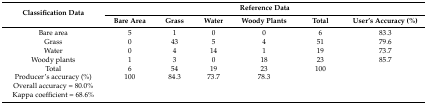
<table><thead><tr><td rowspan="2"><b>Classification Data</b></td><td colspan="6"><b>Reference Data</b></td></tr><tr><td><b>Bare Area</b></td><td><b>Grass</b></td><td><b>Water</b></td><td><b>Woody Plants</b></td><td><b>Total</b></td><td><b>User’s Accuracy (%)</b></td></tr></thead><tbody><tr><td>Bare area</td><td>5</td><td>1</td><td>0</td><td>0</td><td>6</td><td>83.3</td></tr><tr><td>Grass</td><td>0</td><td>43</td><td>5</td><td>4</td><td>51</td><td>79.6</td></tr><tr><td>Water</td><td>0</td><td>4</td><td>14</td><td>1</td><td>19</td><td>73.7</td></tr><tr><td>Woody plants</td><td>1</td><td>3</td><td>0</td><td>18</td><td>23</td><td>85.7</td></tr><tr><td>Total</td><td>6</td><td>54</td><td>19</td><td>23</td><td>100</td><td></td></tr><tr><td>Producer’s accuracy (%)</td><td>100</td><td>84.3</td><td>73.7</td><td>78.3</td><td></td><td></td></tr><tr><td>Overall accuracy = 80.0%</td><td></td><td></td><td></td><td></td><td></td><td></td></tr><tr><td>Kappa coefficient = 68.6%</td><td></td><td></td><td></td><td></td><td></td><td></td></tr></tbody></table>